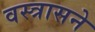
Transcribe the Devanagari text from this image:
वस्त्रासने